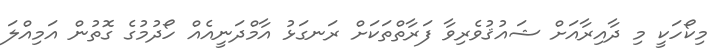
މިކޯހަކީ މި ދާއިރާއަށް ޝައުޤުވެރިވާ ފަރާތްތަކަށް ރަނގަޅު އާމްދަނީއެއް ހޯދުމުގެ ގޮތުން އަމިއްލަ